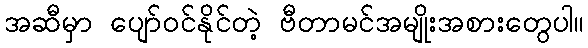
အဆီမှာ ပျော်ဝင်နိုင်တဲ့ ဗီတာမင်အမျိုးအစားတွေပါ။